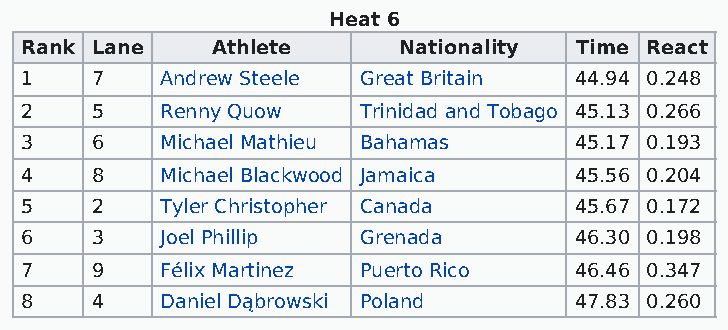
Heat 6
 Rank Lane    Athlete     Nationality Time React
 1    7    Andrew Steele Great Britain 44.94 0.248
 2    5    Renny Quow   Trinidad and Tobago 45.13 0.266
 3    6    Michael Mathieu Bahamas    45.17 0.193
 4    8    Michael Blackwood Jamaica  45.56 0.204
 5    2    Tyler Christopher Canada   45.67 0.172
 6    3    Joel Phillip Grenada       46.30 0.198
 7    9    Félix Martinez Puerto Rico 46.46 0.347
 8    4    Daniel Dąbrowski Poland    47.83 0.260